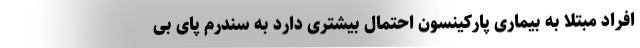
افراد مبتلا به بیماری پارکینسون احتمال بیشتری دارد به سندرم پای بی